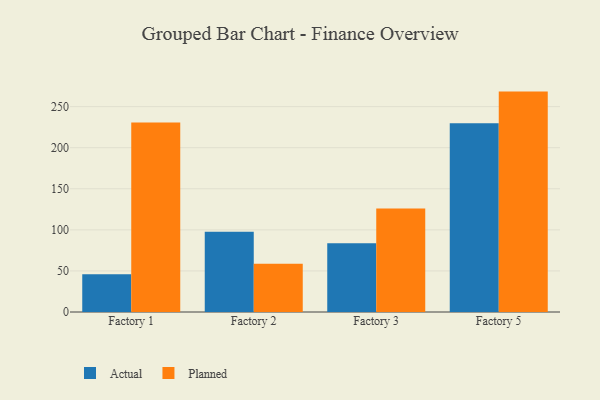
{"axis": {"x": "Factory", "y": "Market Share (%)"}, "legend": ["Actual", "Planned"], "data": [{"x": "Factory 1", "y": 45.9, "type": "Actual"}, {"x": "Factory 1", "y": 230.7, "type": "Planned"}, {"x": "Factory 2", "y": 97.7, "type": "Actual"}, {"x": "Factory 2", "y": 58.6, "type": "Planned"}, {"x": "Factory 3", "y": 83.7, "type": "Actual"}, {"x": "Factory 3", "y": 126.1, "type": "Planned"}, {"x": "Factory 5", "y": 229.7, "type": "Actual"}, {"x": "Factory 5", "y": 268.3, "type": "Planned"}]}